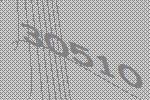
30510